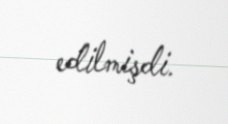
edilmişdi.